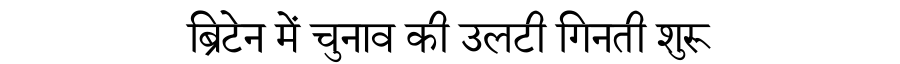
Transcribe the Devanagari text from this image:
ब्रिटेन में चुनाव की उलटी गिनती शुरू